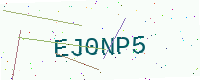
Text: EJ0NP5